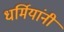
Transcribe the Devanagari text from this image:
धर्मियांनी